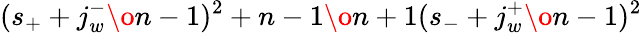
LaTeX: (s_{+}+{{j_{w}^{-}}\o{n-1}})^{2}+{{n-1}\o{n+1}}(s_{-}+{{j_{w}^{+}}\o{n-1}})^{2}